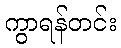
ကွာရန်တင်း